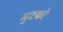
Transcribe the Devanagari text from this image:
मुटको